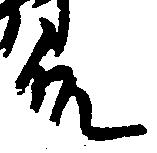
殿